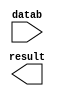
module sub_mass_02_05 (
	datab,
	result);

	input	[9:0]  datab;
	output	[9:0]  result;

endmodule